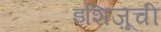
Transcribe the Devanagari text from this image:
इशिज़ूची